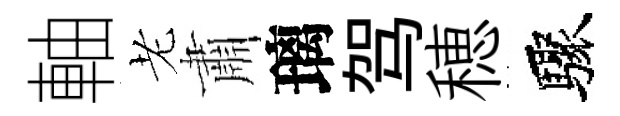
軸老肅璃驾穂驟